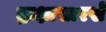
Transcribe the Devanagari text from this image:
द्राक्षासारखे